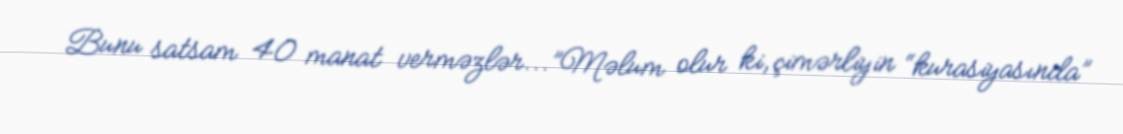
Bunu satsam 40 manat verməzlər...”Məlum olur ki, çimərliyin “kurasiyasında”